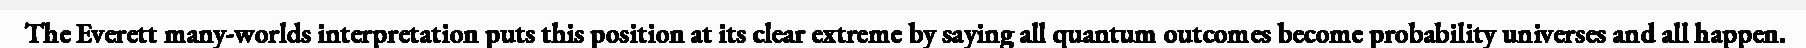
The Everett many-worlds interpretation puts this position at its clear extreme by saying all quantum outcomes become probability universes and all happen.